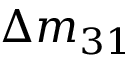
\Delta m _ { 3 1 }